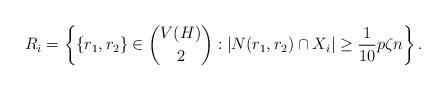
LaTeX: \begin{align*} R_i = \left\{ \{r_1, r_2\} \in \binom{V(H)}{2} : |N(r_1,r_2) \cap X_i| \geq \frac{1}{10} p\zeta n\right\}.\end{align*}